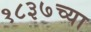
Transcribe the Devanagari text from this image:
१८३७च्या